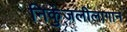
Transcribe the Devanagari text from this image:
निकुंजलीलागान